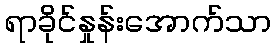
ရာခိုင်နှုန်းအောက်သာ